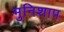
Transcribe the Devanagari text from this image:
मुनिशाप